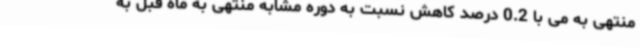
منتهی به می با 0.2 درصد کاهش نسبت به دوره مشابه منتهی به ماه قبل به